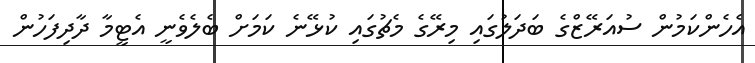
އެހެންކަމުން ސުއަރޭޒްގެ ބަދަލުގައި މިރޭގެ މެޗުގައި ކުޅޭނެ ކަމަށް ބެލެވެނީ އެޓީމާ ދާދިފަހުން